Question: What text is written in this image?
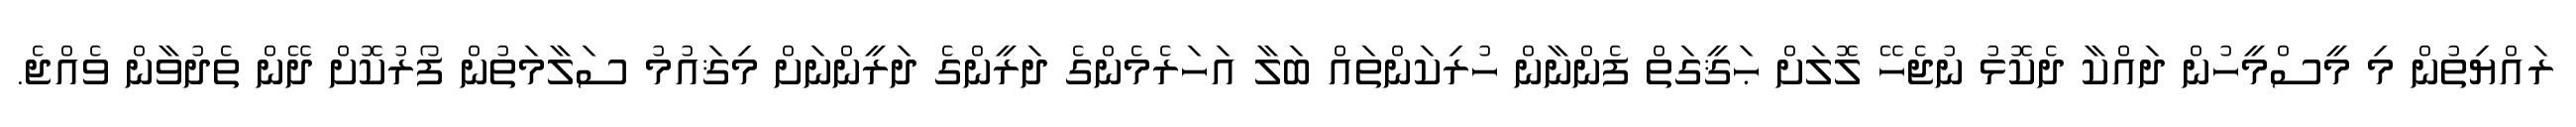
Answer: ރައްޔިތުން މި މީސްމީހުން ދައްކާ ދެކޮޅު ނުޖެހޭ ލޮލަށް ޙަޤީގަތް ފެންނާން ހުރިކަންތައް ބަލާ އަހަރެމެންގެ ދަރީންގެ ދަރީންނަށް މިޤައުމު ސަލާމަތުން ފޯރުކޮށް ދޭން ތެދުވާން ވެއްޖެ.